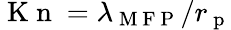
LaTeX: \mathrm{~K~n~}=\lambda_{\mathrm{~M~F~P~}}/r_{\mathrm{~p~}}